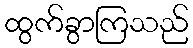
ထွက်ခွာကြသည်